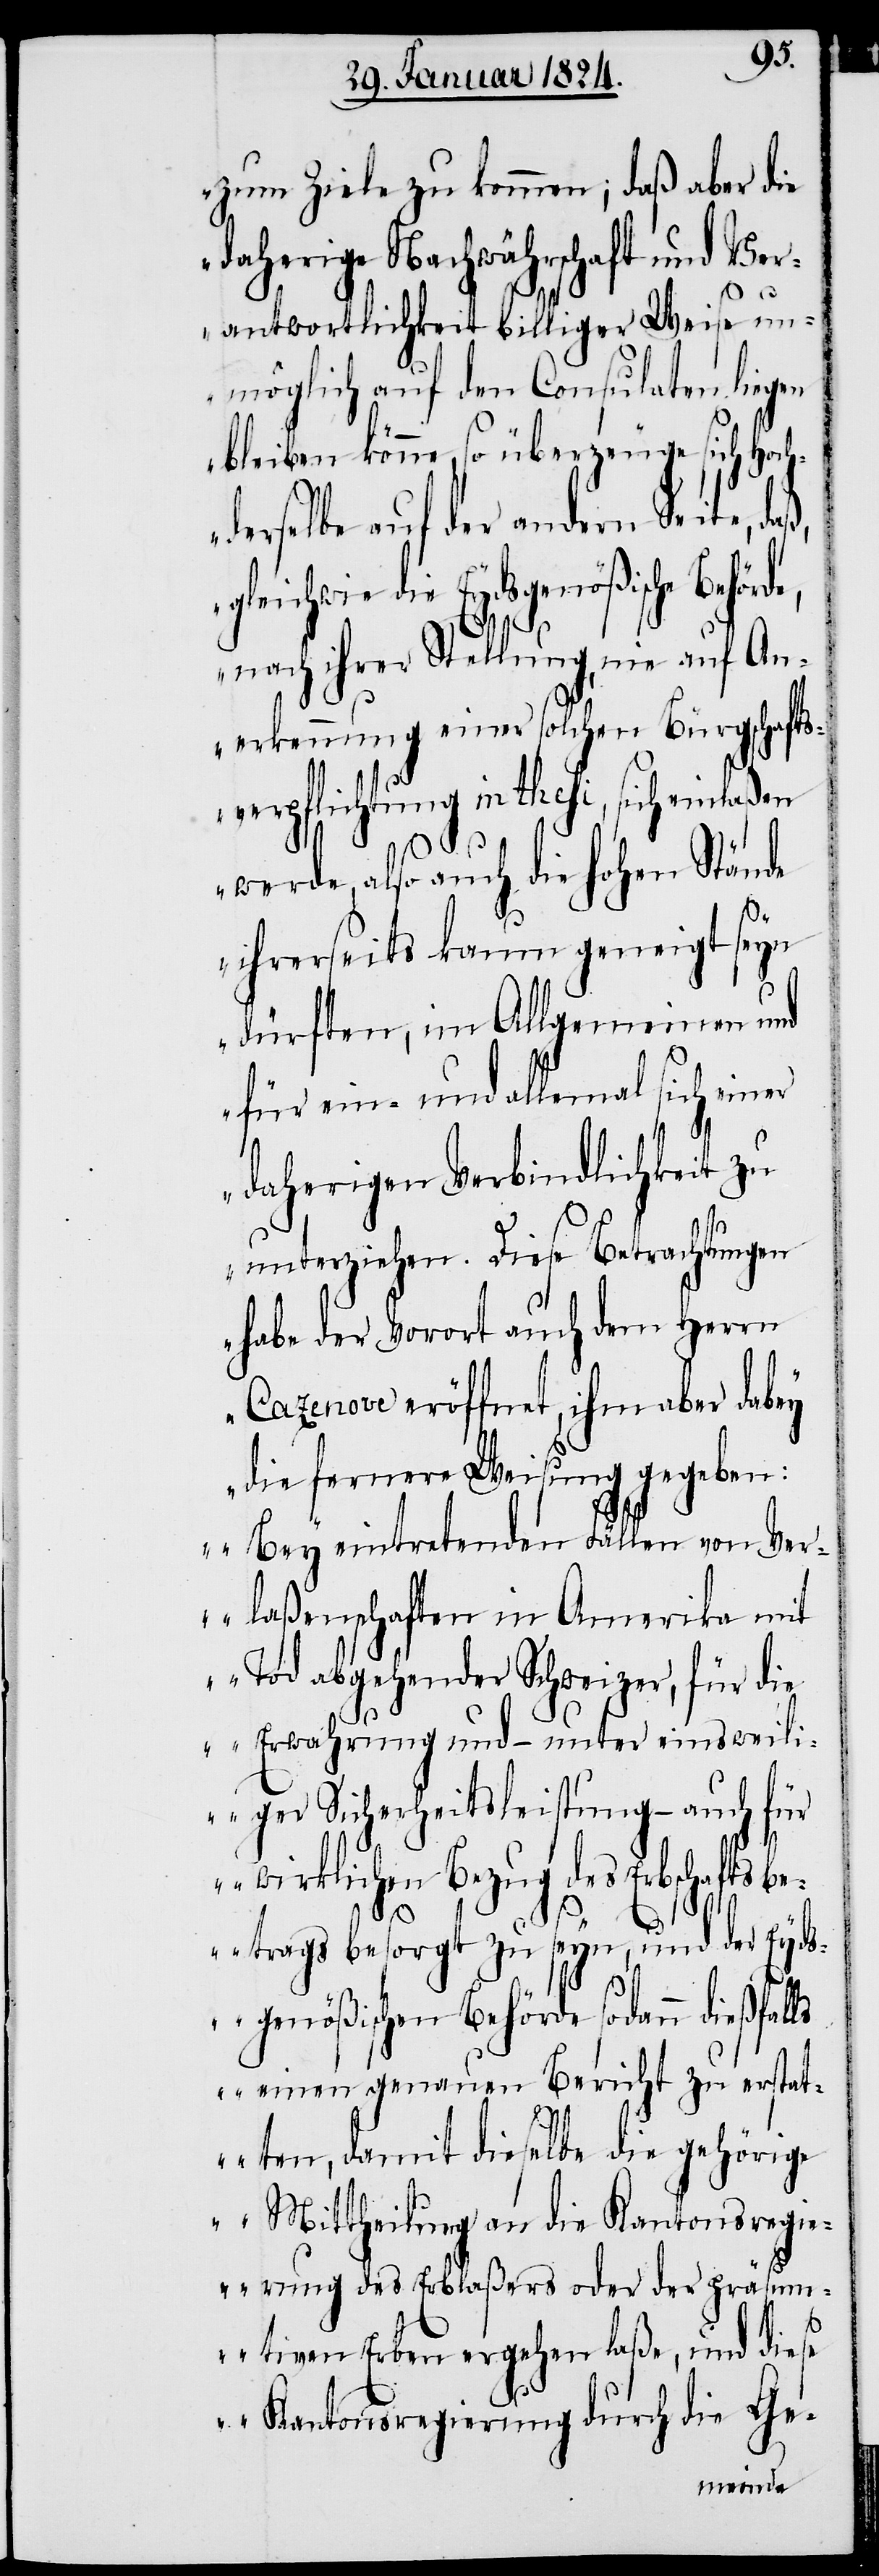
zum Ziele zu kommen; daß aber die
daherige Nachwährschaft und Ver¬
antwortlichkeit billiger Weise un¬
möglich auf den Consulaten liegen
bleiben könne, so überzeuge sich Hoch¬
derselbe auf der andern Seite, da¬
nach ihrer Stellung, nie auf An¬
erkennung einer solchen Bürgschafts¬
verpflichtung in thesi, sich einlaß¬
werde, also auch die hohen Stände
ihrerseits kaum geneigt seyn
dürften, im Allgemeinen und
für ein- und allemal sich einer
daherigen Verbindlichkeit zu
unterziehen. Diese Betrachtungen
habe der Vorort auch dem Herrn
Cazenove eröffnet, ihm aber dabey
die fernere Weisung gegeben:
Bey eintretenden Fällen von Ver¬
laßenschaften in Amerika mit
Tod abgehender Schweizer, für die
Erwahrung und – unter einsweili¬
ger Sicherheitsleistung – auch für
en
zug des Erbschaftsb¬
etrags besorgt zu seyn, und der Eyds¬
genößischen Behörde sodann dießfal¬
ls einen genauen Bericht zu erstat¬
ten, damit dieselbe die gehörige
Mittheilung an die Kantonsregi¬
erung des Erblaßers oder der präsum¬
tiven Erben nachgehen laße, und dies¬
e Kantonsregierung durch die Ge-